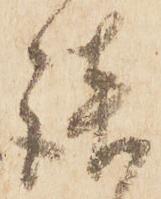
談